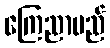
ကြေညာမည်